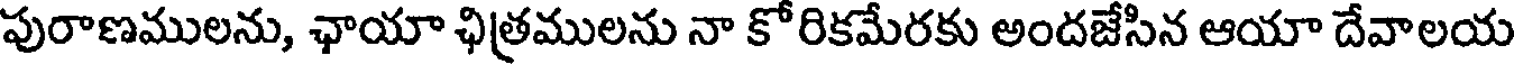
పురాణములను, ఛాయా ఛిత్రములను నా కోరికమేరకు అందజేసిన ఆయా దేవాలయ